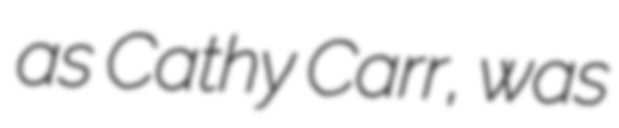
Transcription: as Cathy Carr, was